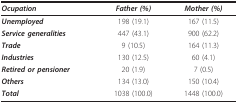
<table><thead><tr><td><b><i>Ocupation</i></b></td><td><b><i>Father (%)</i></b></td><td><b><i>Mother (%)</i></b></td></tr></thead><tbody><tr><td><b><i>Unemployed</i></b></td><td>198 (19.1)</td><td>167 (11.5)</td></tr><tr><td><b><i>Service generalities</i></b></td><td>447 (43.1)</td><td>900 (62.2)</td></tr><tr><td><b><i>Trade</i></b></td><td>9 (10.5)</td><td>164 (11.3)</td></tr><tr><td><b><i>Industries</i></b></td><td>130 (12.5)</td><td>60 (4.1)</td></tr><tr><td><b><i>Retired or pensioner</i></b></td><td>20 (1.9)</td><td>7 (0.5)</td></tr><tr><td><b><i>Others</i></b></td><td>134 (13.0)</td><td>150 (10.4)</td></tr><tr><td><b><i>Total</i></b></td><td>1038 (100.0)</td><td>1448 (100.0)</td></tr></tbody></table>